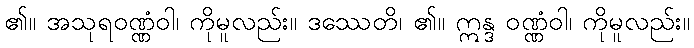
၏။ အသုရဝဏ္ဏံဝါ၊ ကိုမူလည်း။ ဒဿေတိ၊ ၏။ ဣန္ဒ ဝဏ္ဏံဝါ၊ ကိုမူလည်း။